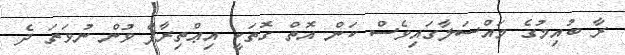
ރާ ބުއިމުގެ މައްސަލާގައިވެސް ކަން އޮތް ގޮތަކީ އިޢްތިރާފް ވުން ނުވަތަ ދެ